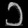
Digit: ၁